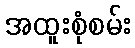
အထူးစုံစမ်း